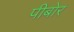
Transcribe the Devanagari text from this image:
पीबोर